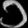
Digit: ၁